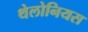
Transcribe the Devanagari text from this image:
थेलोनियस